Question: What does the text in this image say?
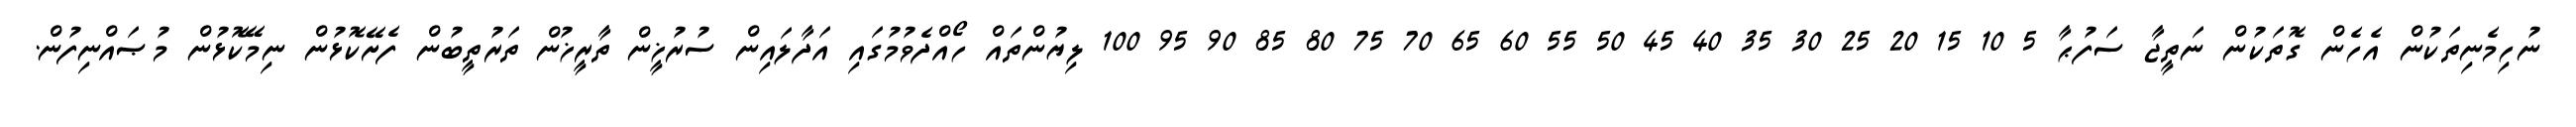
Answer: ނުހިމެނިތަކުން އެހެން ގޮތަކުން ނަތީޖާ ސަފުޙާ 5 10 15 20 25 30 35 40 45 50 55 60 65 70 75 80 85 90 95 100 ލިޔުންތައް ހޯއްދެވުމުގައި އަދާލައިން ސުރުޚީން ތާރީޚުން ތަރުތީބުން ފެށޭކޮޅުން ނިމޭކޮޅުން މުޞައްނިފުން.